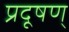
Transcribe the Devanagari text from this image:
प्रदूषण्